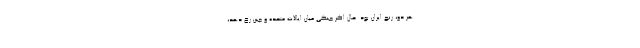
هر دو، رنج ایران بود. حال اگر جنگی میان ایالات متحده و چین رخ دهد،